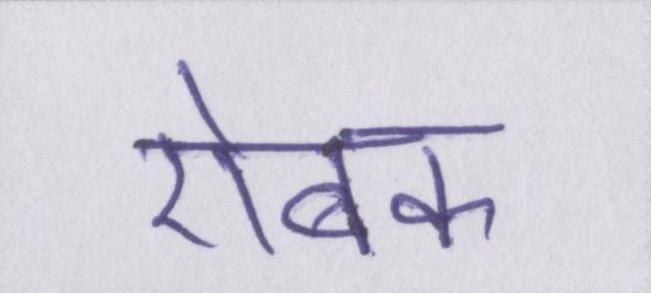
ऐबक